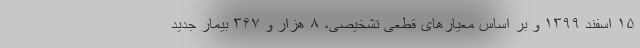
۱۵ اسفند ۱۳۹۹ و بر اساس معیارهای قطعی تشخیصی، ۸ هزار و ۳۶۷ بیمار جدید